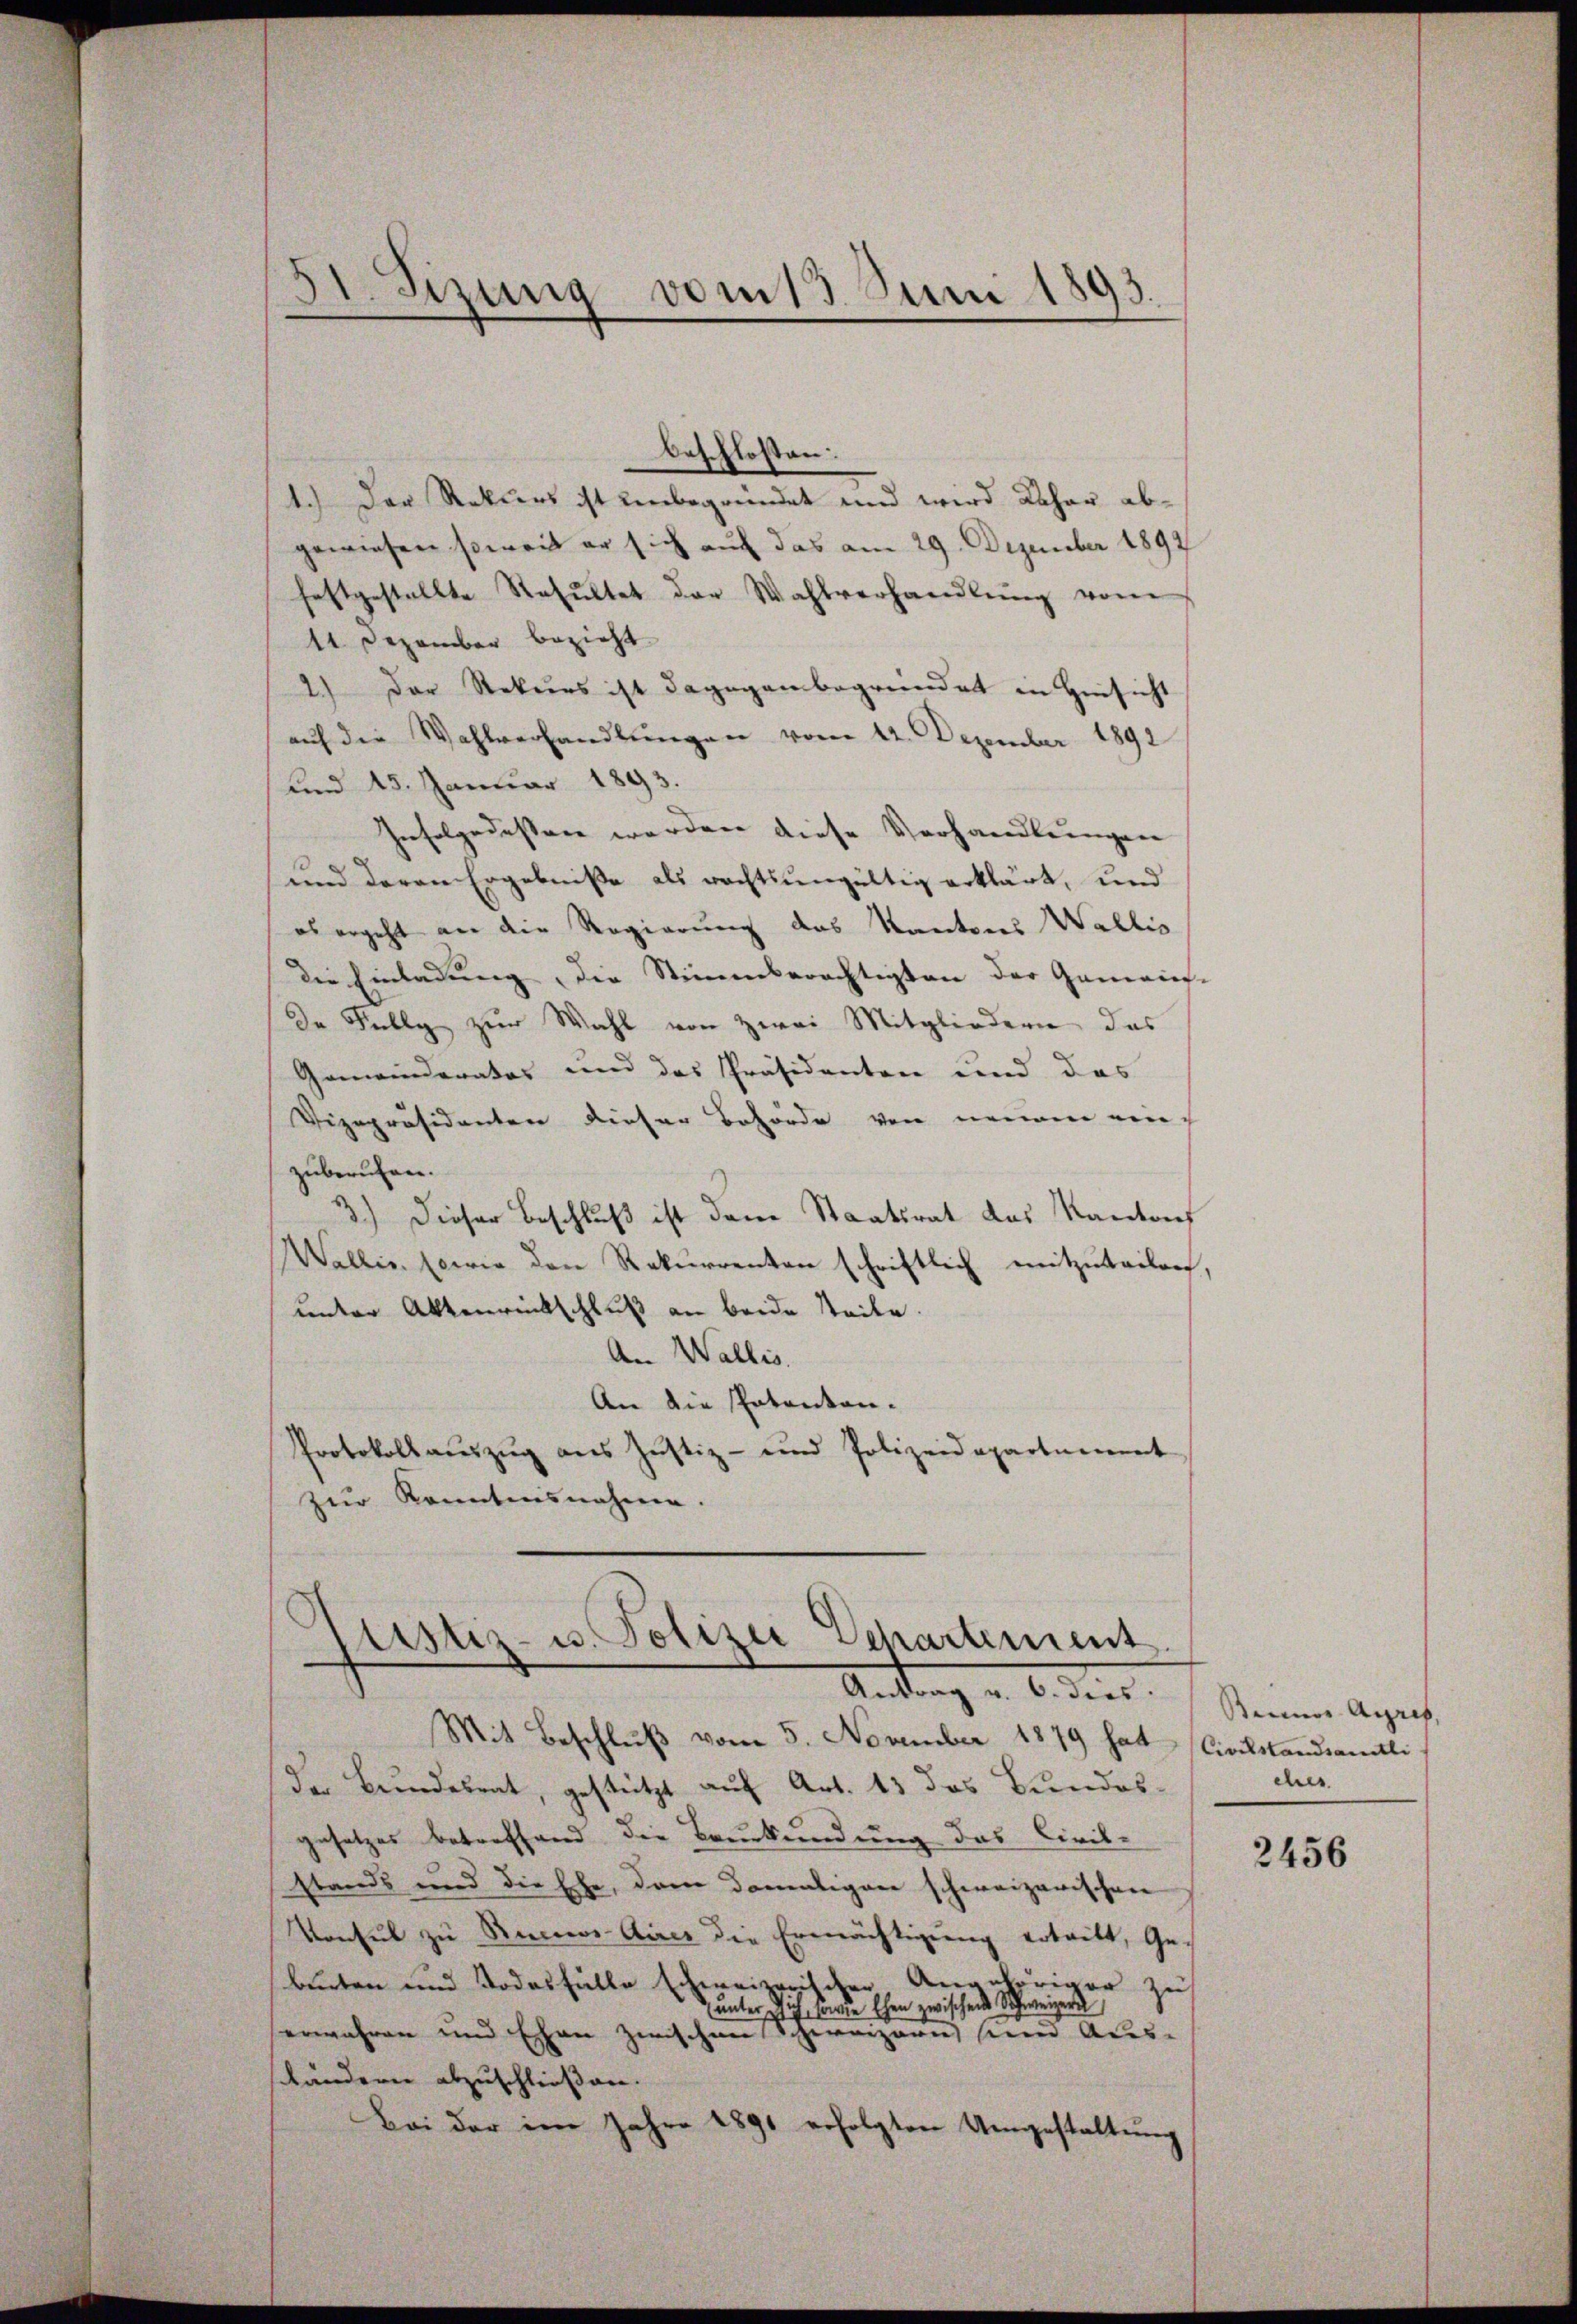
beschlossen:
1.) Der Rekurs ist unbegründet und wird daher abgewiesen soweit er sich auf das am 29. Dezember 1892
festgestellte Resŭltet der Wahlverhandlŭng vom
11 Dezember bezieht
2.) Der Rekurs ist dagegenbegründet in Hinsicht
auf die Wahlverhandlungen vom 22. Dezember 1892
und 15. Januar 1893.
Infolgedessen werden diese Verhandlungen
und davon Ergebniße als rechtsungültig erklärt, und
es ergeht an die Regierung des Kantons Wallis
die Einladung die Stimmberechtigten der Gemeier-
de Felly zur Wahl von zwei Mitgliedern das
Gemeinderates und des Präsidenten und das
Vizepräsidenten dieser Behörde von neuem ein
zuberuhen.
3.) Dieser Beschluß ist dann Staatsrat des Kantons
Wallis, sowie den Rekurrenten schriftlich mitzuteilen,
unter Aktenrückschluß an beide Steien.
An Wallis.
An die Patenten-
Protokoll aŭszŭg ans Justiz- und Polizeidepartement
zŭr Kenntnisnahme.
Astiz- u. Polizei Departement

31. Sizung vom 13. Juni 1893.

Antrag u. 6. dies

Mit Beschlŭβ vom 5. November 1879 hat (Civilstandsamtli
der Bundesrat, gestützt auf Art. 13 das Bundesgesetzes betreffend die Beurkundung das Civil-
stands und die Ehe, dem damaligen schweizerischen
Vonsul zu Reines Aires die Ermächtigung ertritt, Ge-
beuten und Todesfälle schweizerischen Angehöriger zu
 unter Dich, sowie Ehen zwischen Schweizers
erwähren und Ehen zwischen Schweizern sein Aus-
händern abzuschließen.
Bei der im Jahre 1891 erfolgten Umgestaltung

Seiner Angrif
ches

2456